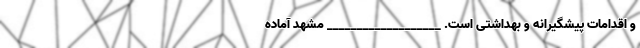
و اقدامات پیشگیرانه و بهداشتی است. ___________________ مشهد آماده